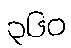
၃၆၀